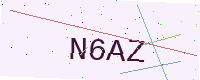
Text: N6AZ